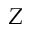
Z